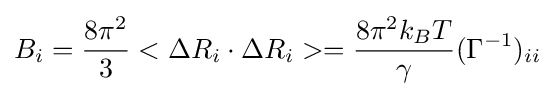
B_{i}={\frac {8\pi ^{2}}{3}}<\Delta R_{i}\cdot \Delta R_{i}>={\frac {8\pi ^{2}k_{B}T}{\gamma }}(\Gamma ^{-1})_{ii}